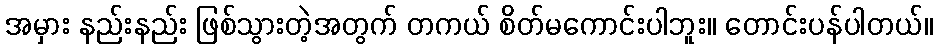
အမှား နည်းနည်း ဖြစ်သွားတဲ့အတွက် တကယ် စိတ်မကောင်းပါဘူး။ တောင်းပန်ပါတယ်။